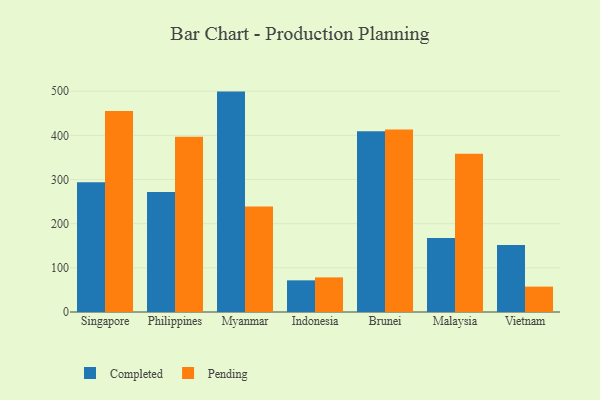
{"axis": {"x": "Country", "y": "Active Users"}, "legend": ["Completed", "Pending"], "data": [{"x": "Singapore", "y": 293.6, "type": "Completed"}, {"x": "Singapore", "y": 455.4, "type": "Pending"}, {"x": "Philippines", "y": 271.9, "type": "Completed"}, {"x": "Philippines", "y": 397.1, "type": "Pending"}, {"x": "Myanmar", "y": 499.2, "type": "Completed"}, {"x": "Myanmar", "y": 239.2, "type": "Pending"}, {"x": "Indonesia", "y": 71.7, "type": "Completed"}, {"x": "Indonesia", "y": 78.4, "type": "Pending"}, {"x": "Brunei", "y": 409.2, "type": "Completed"}, {"x": "Brunei", "y": 413.3, "type": "Pending"}, {"x": "Malaysia", "y": 167.8, "type": "Completed"}, {"x": "Malaysia", "y": 358.2, "type": "Pending"}, {"x": "Vietnam", "y": 151.9, "type": "Completed"}, {"x": "Vietnam", "y": 57.5, "type": "Pending"}]}